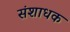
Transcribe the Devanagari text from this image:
संशाधक